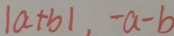
\vert a + b \vert , - a - b